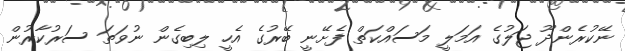
ނޭކުރެންދޫ ޖަލުގެ އަމަލީ މަސައްކަތް ފެށޭނީ ބޭރުގެ އެހީ ލިބިގެން ނުވަތަ ސަރުކާރުން